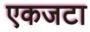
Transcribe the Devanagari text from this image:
एकजटा